Tartu_pedagoogiumi_aruanded, lk 50
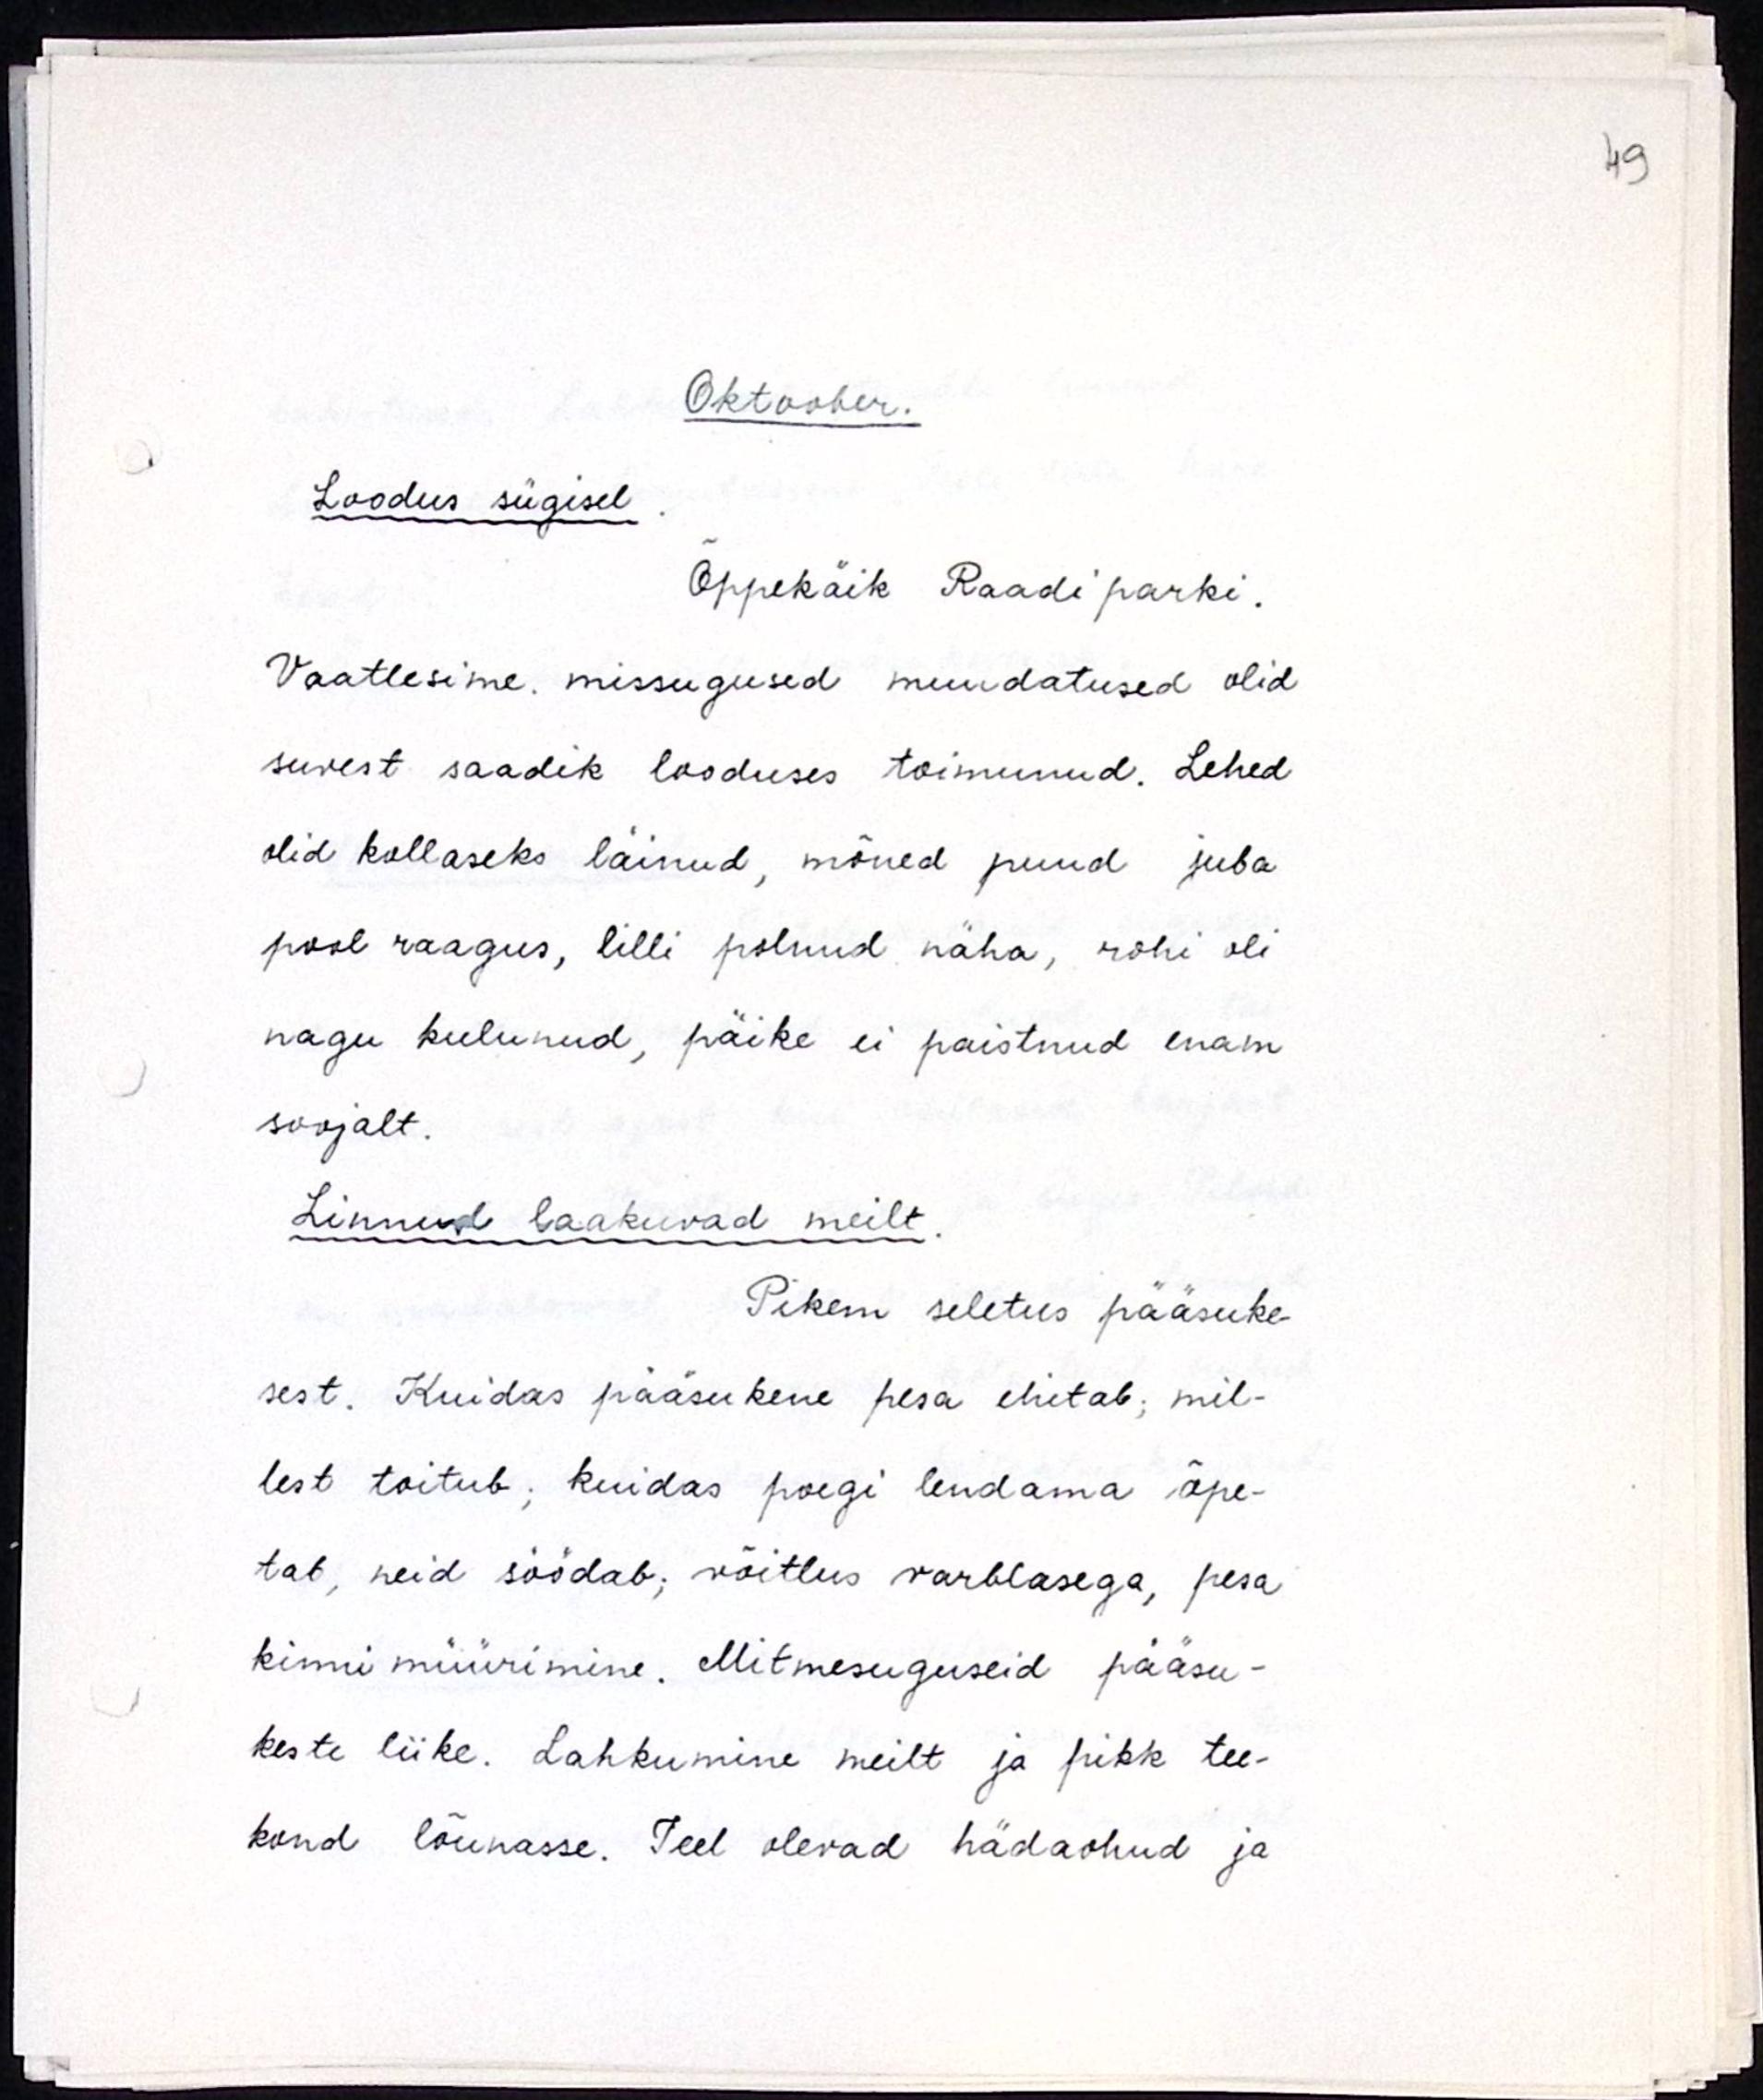
Oktoober.
Loodus sügisel.
Õppekäik Raadi parki.
Vaatlesime missugused muudatused olid
suvest saadik looduses toimunud. Lehed
olid kollaseks läinud, mõned puud juba 
pool raagus, lilli plnud näha, rohi oli
nagu kulunud, päike ei paistnud enam
soojalt.
Linnud laakuvad meilt.
Pikem seletus pääsuke-
sest. Kuidas pääsukene pesa ehitab, mil-
lest toitub, kuidas poegi lendama õpe-
tab, neid söödab, võitlus varblasega, pesa
kinni müürimine. Mitmesuguseid pääsu-
keste liike. Lahkumine meilt ja pikk tee-
kond lõunasse. Teel olevad hädaohud ja